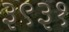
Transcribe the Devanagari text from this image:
३९३१